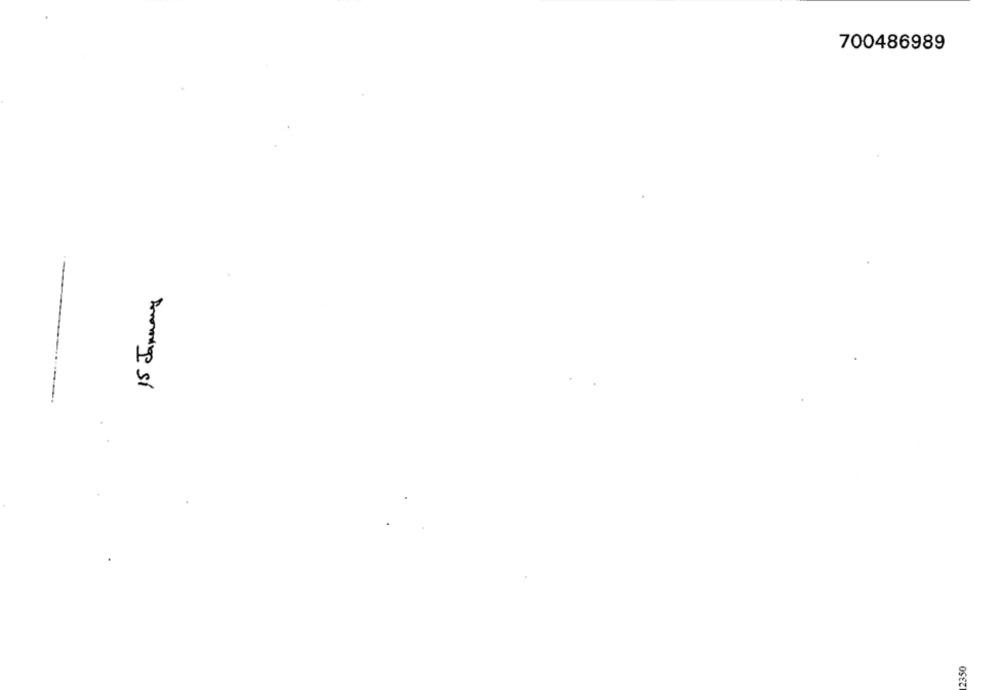
700486989
15 Januars
2350